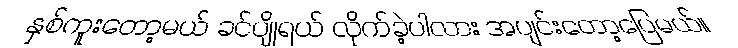
နှစ်ကူးတော့မယ် ခင်ပျိုရယ် လိုက်ခဲ့ပါလား အပျင်းတော့ပြေမယ်။